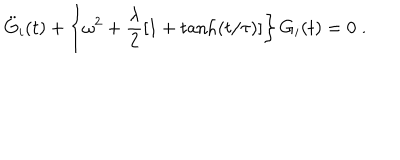
\ddot { G } _ { i } ( t ) + \left\{ \omega ^ { 2 } + \frac { \lambda } { 2 } [ 1 + \tanh ( t / \tau ) ] \right\} G _ { i } ( t ) = 0 \; .